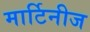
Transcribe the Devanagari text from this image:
मार्टिनीज